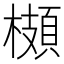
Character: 𩓡